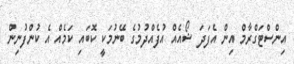
އިންސްޓަގްރާމް އިން އެފަދަ ޝޯއެއް އުފެއްދުމުގެ ބޭނުމަކީ ކޮބައި ކަމެއް އެ ކުންފުނިން